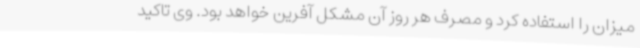
میزان را استفاده کرد و مصرف هر روز آن مشکل آفرین خواهد بود. وی تاکید